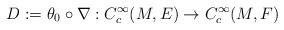
LaTeX: \begin{align*}D:=\theta_0\circ \nabla:C^{\infty}_c(M,E)\rightarrow C^{\infty}_c(M,F)\end{align*}